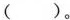
( )。